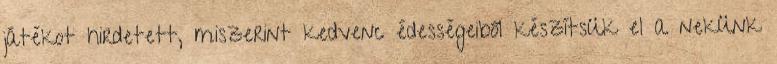
játékot hirdetett, miszerint kedvenc édességeiből készítsük el a nekünk